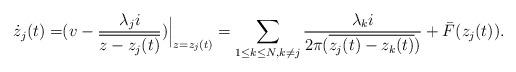
LaTeX: \begin{align*}\dot{z}_j(t)=&(v-\frac{\lambda_j i}{\overline{z-z_j(t)}})\Big|_{z=z_j(t)}=\sum_{1\leq k\leq N, k\neq j}\frac{\lambda_k i}{2\pi(\overline{z_j(t)-z_k(t)})}+\bar{F}(z_j(t)).\end{align*}